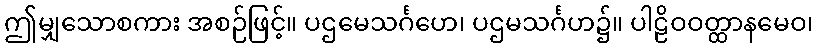
ဤမျှသောစကား အစဉ်ဖြင့်။ ပဌမေသင်္ဂဟေ၊ ပဌမသင်္ဂဟ၌။ ပါဠိဝဝတ္ထာနမေဝ၊